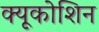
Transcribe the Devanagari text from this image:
क्यूकोशिन